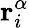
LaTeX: \mathbf{r}_{i}^{\alpha}